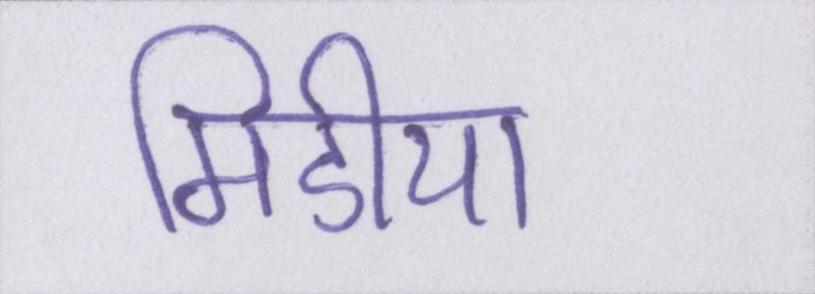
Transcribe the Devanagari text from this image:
मिडीया